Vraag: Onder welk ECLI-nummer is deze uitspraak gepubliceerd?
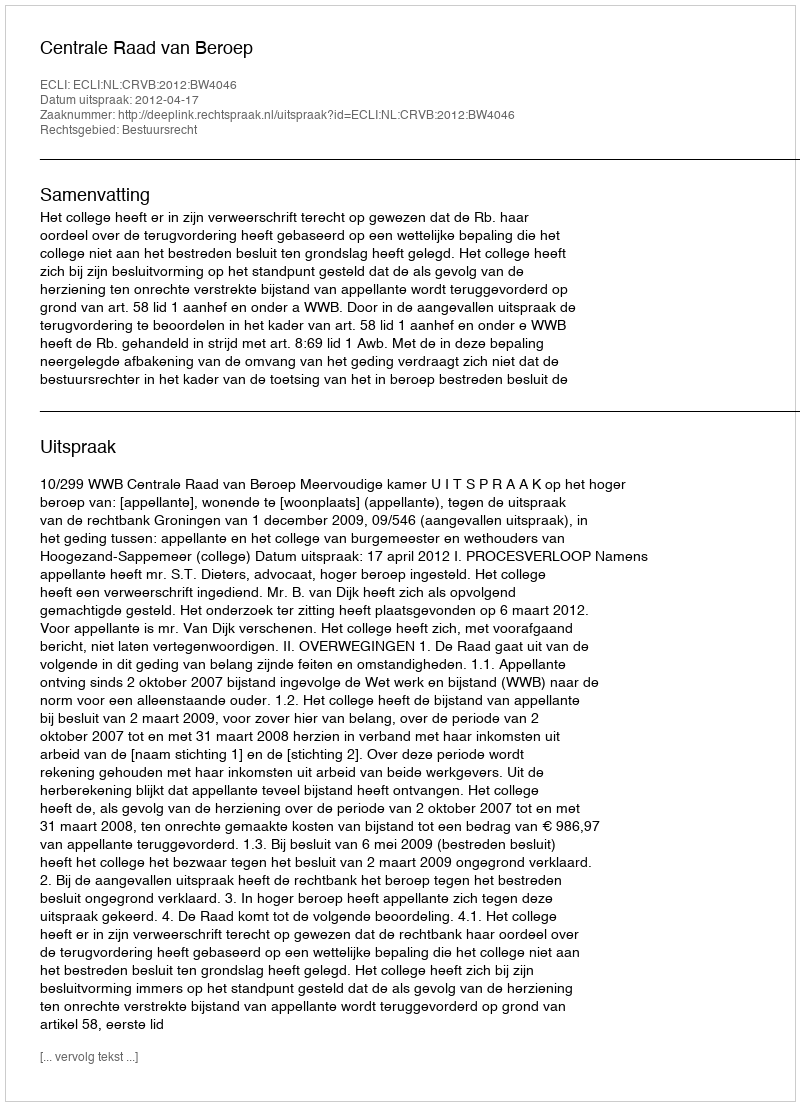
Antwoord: ECLI:NL:CRVB:2012:BW4046